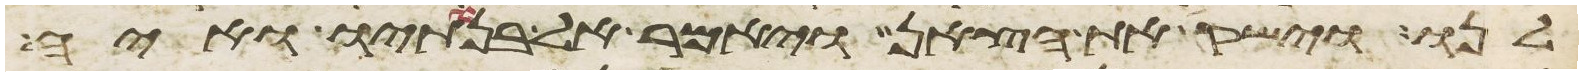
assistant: לנו וישק את הצאן ויאמר אל בנתיו ואיה